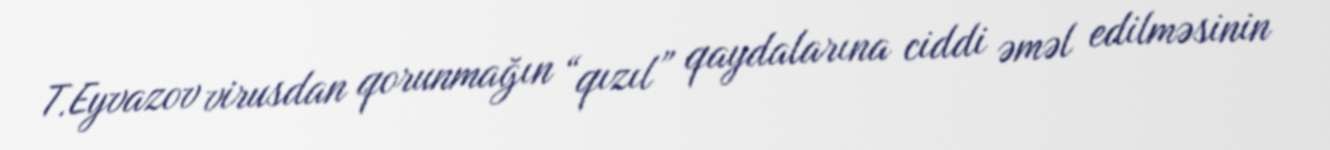
T.Eyvazov virusdan qorunmağın “qızıl” qaydalarına ciddi əməl edilməsinin